Document type: Testament
Year: 1300
Scribe: Bonanat d'Esparreguera
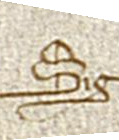
Sig